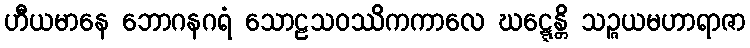
ဟီယမာနေ ဘောဂနဂရံ သောဠသဝဿိကကာလေ ဃဋ္ဋေန္တိ သဉ္ဇယမဟာရာဇာ